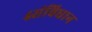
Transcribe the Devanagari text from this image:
४संविधान